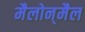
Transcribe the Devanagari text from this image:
मैलोन्‌मैल